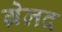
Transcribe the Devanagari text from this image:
ग्रेलद